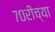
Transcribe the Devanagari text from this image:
७०रीच्या